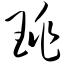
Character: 珧